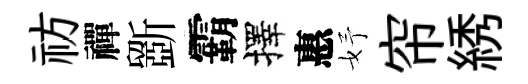
祊禪斵霸擇惠妤帘綉